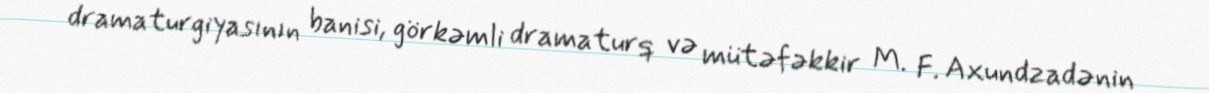
dramaturgiyasının banisi, görkəmli dramaturq və mütəfəkkir M. F. Axundzadənin